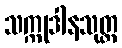
သက္ကုဒါနသုတ္တ